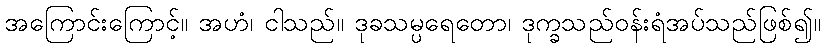
အကြောင်းကြောင့်။ အဟံ၊ ငါသည်။ ဒုခသမ္ပရေတော၊ ဒုက္ခသည်ဝန်းရံအပ်သည်ဖြစ်၍။